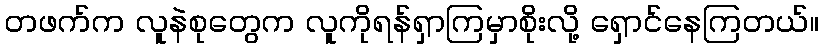
တဖက်က လူနဲစုတွေက လူကိုရန်ရှာကြမှာစိုးလို့ ရှောင်နေကြတယ်။